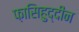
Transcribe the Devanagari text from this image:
फ़ासिहुद्दीन